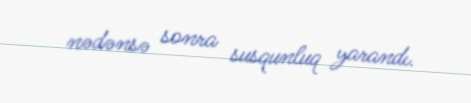
nədənsə sonra susqunluq yarandı.